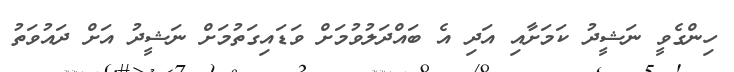
ހިންގެވީ ނަޝީދު ކަމަށާއި އަދި އެ ބައްދަލުވުމަށް ވަޑައިގަތުމަށް ނަޝީދު އަށް ދައުވަތު